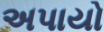
અપાયો